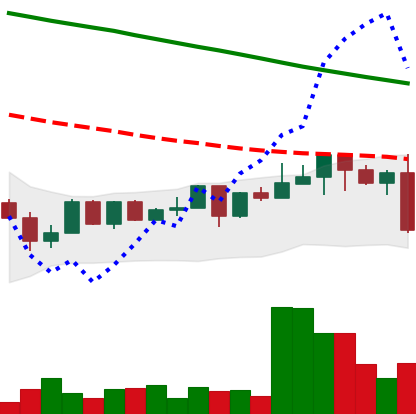
Ticker: NEO-USD
Chart end date: 2022-12-16
Forward return: -3.926%
Label: down_3_5